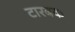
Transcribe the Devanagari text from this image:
टारबक